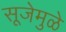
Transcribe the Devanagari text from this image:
सूजेमुळे